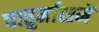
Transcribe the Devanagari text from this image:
चातुर्मासमें